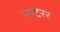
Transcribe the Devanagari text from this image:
नाटेरर